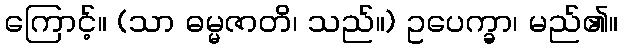
ကြောင့်။ (သာ ဓမ္မဇာတိ၊ သည်။) ဥပေက္ခာ၊ မည်၏။